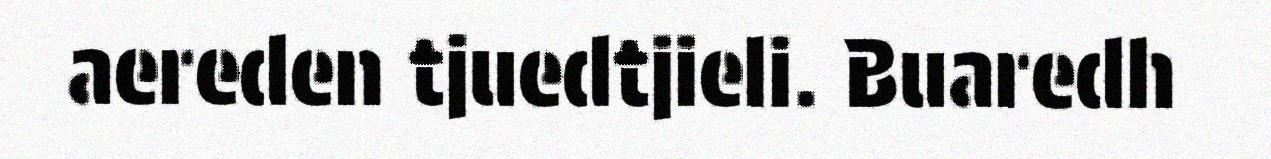
aereden tjuedtjieli. Buaredh